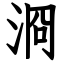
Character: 浻